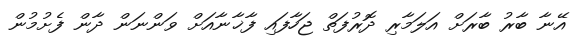
އޭނާ ބާރު ބާރަށް އަލަމާރި ދޮރުފަތް ޖަހާފައި ފާޚާނާއަށް ވަންނަން ދާން ފެށުމުން